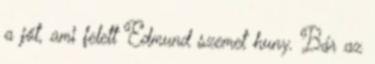
a jót, ami felett Edmund szemet huny. Bár az